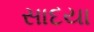
સાદયા